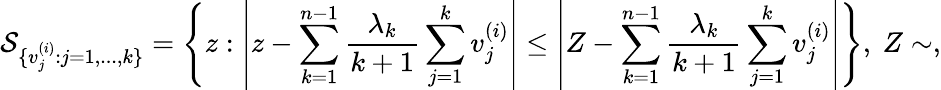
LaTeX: \mathcal{S}_{\{ v_{j}^{(i)}:j=1,...,k\} }=\left\{ z:\left|z-\sum_{k=1}^{n-1}\frac{\lambda_{k}}{k+1}\sum_{j=1}^{k}v_{j}^{(i)}\right|\le\left|Z-\sum_{k=1}^{n-1}\frac{\lambda_{k}}{k+1}\sum_{j=1}^{k}v_{j}^{(i)}\right|\right\} ,\ Z\sim,